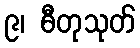
၉၊ ဓီတုသုတ်